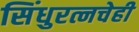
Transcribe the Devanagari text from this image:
सिंधुरत्नचेही